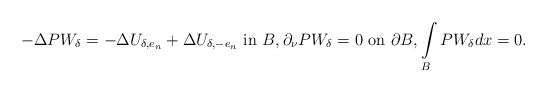
\begin{align*}-\Delta P W_{\delta}=-\Delta U_{\delta,e_n}+\Delta U_{\delta,-e_n}\ \hbox{in}\ {B},\partial_\nu P W_{\delta}=0\ \hbox{on}\ \partial{B}, \int\limits_{{B}} P W_{\delta}dx=0.\end{align*}